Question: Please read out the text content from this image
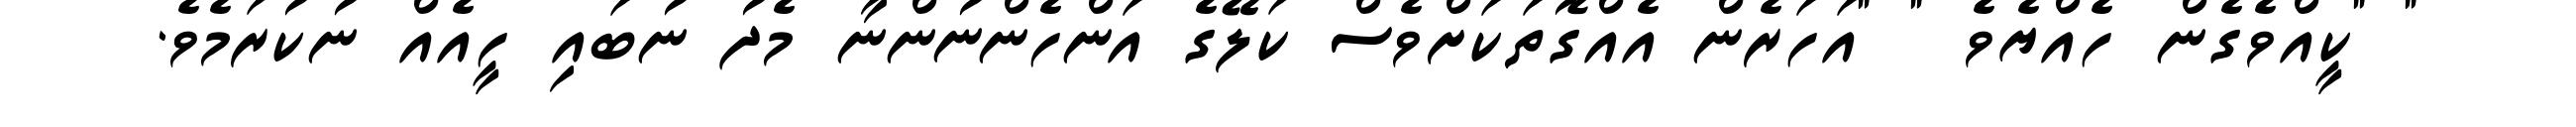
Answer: " "ކީއްވެގެން ހެއްޔެވެ " "އަހަރެން އެއްގޮތަކަށްވެސް ކަލޭގެ އަންހެންނުންނާ މެދު ނުބައި ހީއެއް ނުކުރަމެވެ.